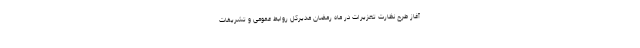
آغاز طرح نظارت تعزیرات در ماه رمضان مدیرکل روابط عمومی و تشریفات